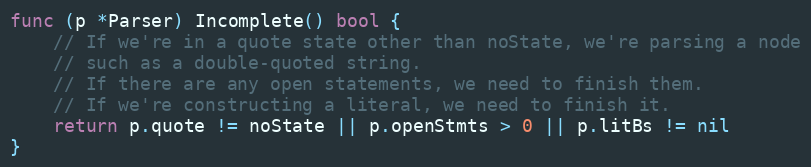
Language: Go
func (p *Parser) Incomplete() bool {
	// If we're in a quote state other than noState, we're parsing a node
	// such as a double-quoted string.
	// If there are any open statements, we need to finish them.
	// If we're constructing a literal, we need to finish it.
	return p.quote != noState || p.openStmts > 0 || p.litBs != nil
}